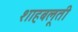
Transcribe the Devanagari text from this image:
शाहबलूती